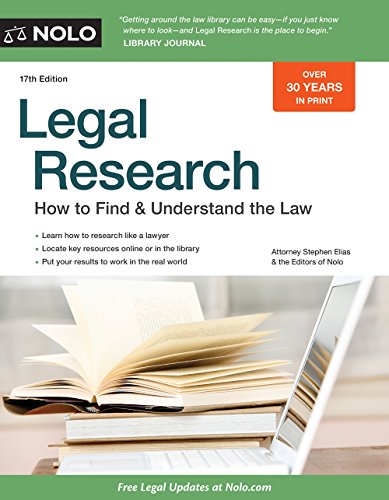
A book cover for Legal Research: How to Find & Understand the Law; Stephen Elias; Law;